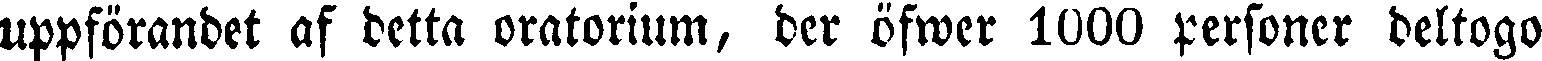
uppförandet af detta oratorium, der öfwer 1000 personer deltogo